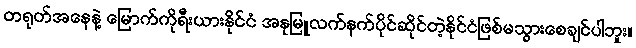
တရုတ်အနေနဲ့ မြောက်ကိုရီးယားနိုင်ငံ အနုမြူလက်နက်ပိုင်ဆိုင်တဲ့နိုင်ငံဖြစ်မသွားစေချင်ပါဘူး။